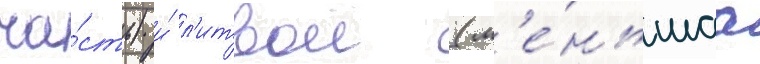
ча́сть) и́ л'итвои (м'е́ньшаа